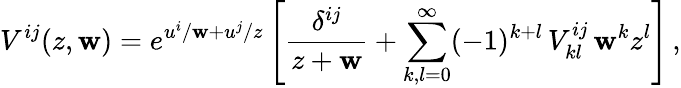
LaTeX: V^{ij}(z,\mathbf{w})=e^{u^{i}/\mathbf{w}+u^{j}/z}\left[{\frac{{\delta^{ij}}}{{z+\mathbf{w}}}}+\sum_{k,l=0}^{\infty}(-1)^{k+l}\, V_{kl}^{ij}\, \mathbf{w}^{k}z^{l}\right]\, ,